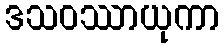
ဒသဝဿာယုကာ